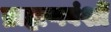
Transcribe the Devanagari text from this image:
ब्राह्मणवंशों